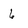
Character: 6